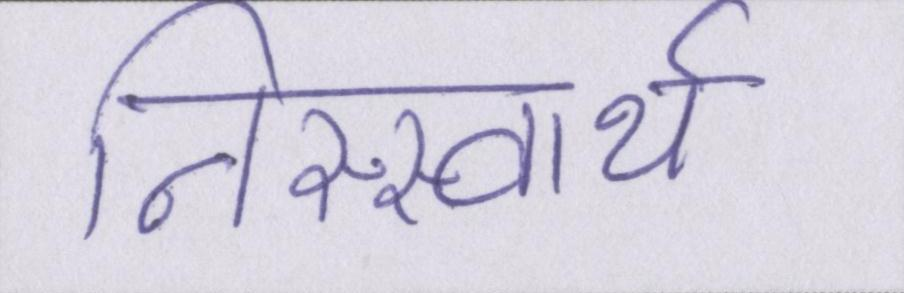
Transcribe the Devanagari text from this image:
निस्स्वार्थ